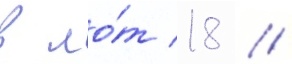
в ло́т 18 //